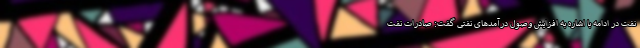
نفت در ادامه با اشاره به افزایش وصول درآمد‌های نفتی گفت: صادرات نفت